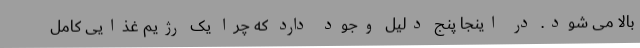
بالا می شود. در اینجا پنج دلیل وجود دارد که چرا یک رژیم غذایی کامل